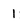
Character: 1